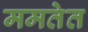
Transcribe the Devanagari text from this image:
ममतेत